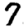
Digit: 7